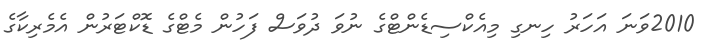
2010ވަނަ އަހަރު ހިނގި މިއެކްސިޑެންޓްގެ ނުވަ ދުވަސް ފަހުން މެޓްގެ ޑޮކްޓަރުން އެމެރިކާގެ